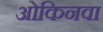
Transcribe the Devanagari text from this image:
ओकिनवा